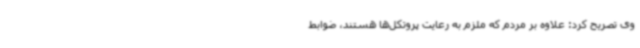
وی تصریح کرد: علاوه بر مردم که ملزم به رعایت پروتکل‌ها هستند، ضوابط